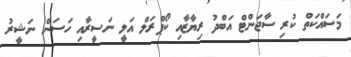
މަސައްކަތް ކުރި ސާޖަންޓް އަބްދު ރިޔާޒާއި ކޯޕްރަލް އަލީ ނަސީރާއި ހަސަން ނަޝީރު